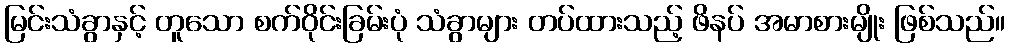
မြင်းသံခွာနှင့် တူသော စက်ဝိုင်းခြမ်းပုံ သံခွာများ တပ်ထားသည့် ဖိနပ် အမာစားမျိုး ဖြစ်သည်။